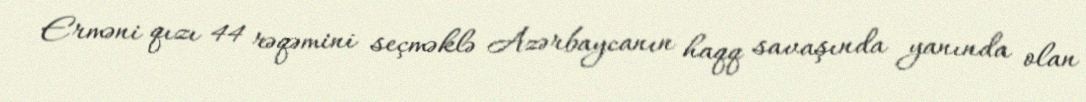
Erməni qızı 44 rəqəmini seçməklə Azərbaycanın haqq savaşında yanında olan